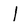
Character: l